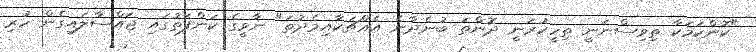
"ކޮންކަމަކާ ތިވިސްނަނީ ތިހީކުރަނީ ދޮންތަ ބުނެދާނެ އެއްޗަކާއިމެދުތަ" ނާވީގެ ކަންފަތުގައި ޖައްސާލައިގެން ހުރި